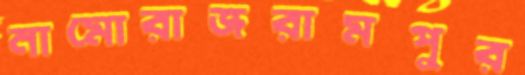
নামোরাজরামপুর